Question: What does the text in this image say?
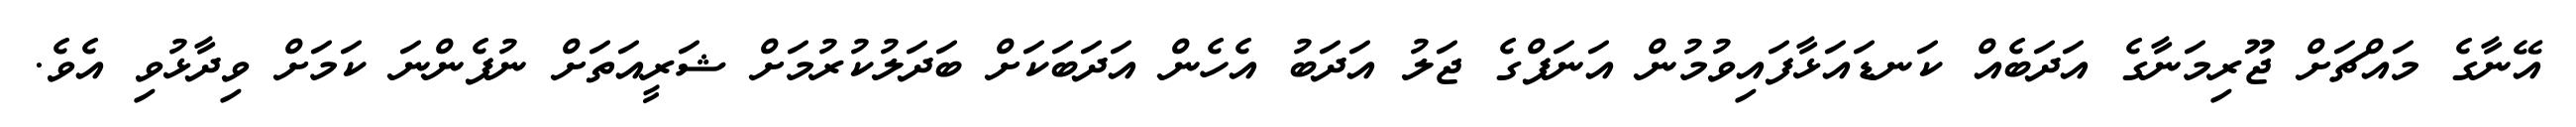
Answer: އޭނާގެ މައްޗަށް ޖޫރިމަނާގެ އަދަބެއް ކަނޑައަޅާފައިވުމުން އަނަފްގެ ޖަލު އަދަބު އެހެން އަދަބަކަށް ބަދަލުކުރުމަށް ޝަރީއަތަށް ނުފެންނަ ކަމަށް ވިދާޅުވި އެވެ.